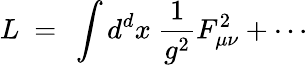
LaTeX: L~=~\int d^{d}x~{\frac{1}{g^{2}}}F_{\mu\nu}^{2}+\cdots